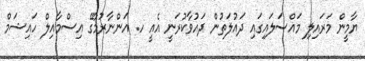
ޔާމީން މަރައިލި މައްސަލައިގައި ދައުލަތުން ދައުވާކުރަނީ އެއީ ހ. އަންނާރުމާގޭ އިސްމާއިލް ހައިޝަމް